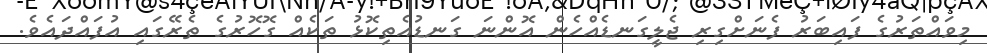
މިވައްތަރުގެ ފައިބަރު ފެނަށްގިރި ޖެލީގަނޑެއްހެން އޮންނަ ގަނޑުއެތިކޮޅު ތަކެއް ގޮހޮރުގެ ތެރޭގައި އުފައްދައެވެ.